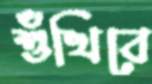
শুঁখিবে